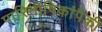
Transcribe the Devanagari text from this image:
पारितोषिकांपैकी